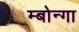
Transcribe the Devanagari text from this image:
म्बोन्गा